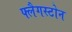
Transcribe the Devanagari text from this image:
फ्लैगस्टोन